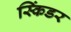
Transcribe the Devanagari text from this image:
स्किंडर